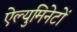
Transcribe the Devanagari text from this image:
ऐल्युमिनेटों